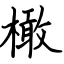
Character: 橄